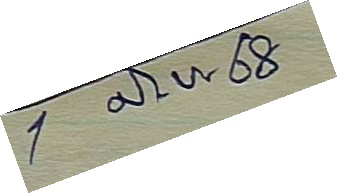
1 มิ. ย. 68